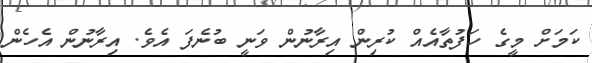
ކަމަށް މީގެ ހަފުތާއެއް ކުރިން އިރާނުން ވަނީ ބުނެފަ އެވެ. އިރާނުން އެހެން